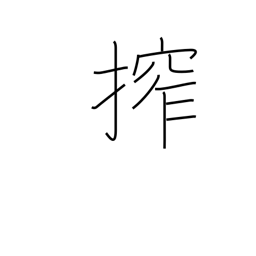
Meaning: squeeze